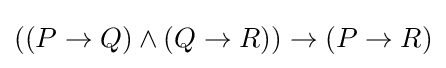
((P\to Q)\land (Q\to R))\to (P\to R)